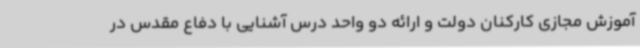
آموزش مجازی کارکنان دولت و ارائه دو واحد درس آشنایی با دفاع مقدس در